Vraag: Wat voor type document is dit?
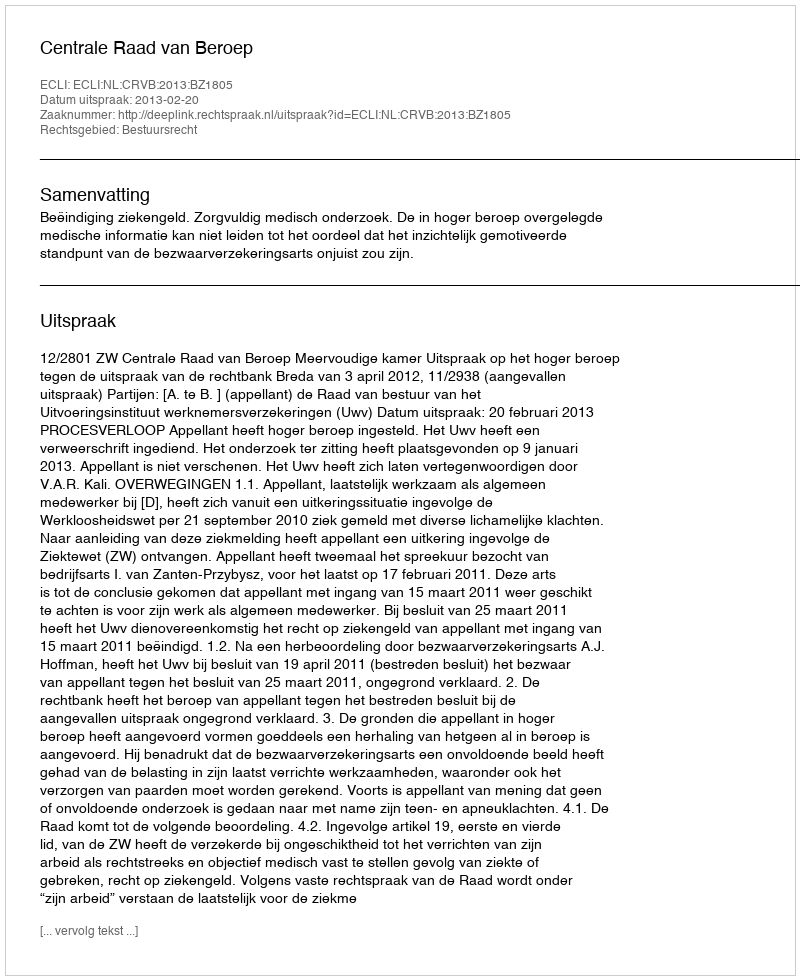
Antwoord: Uitspraak